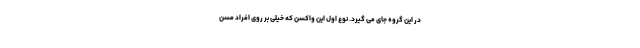
در این گروه جای می گیرد. نوع اول این واکسن که خیلی بر روی افراد مسن